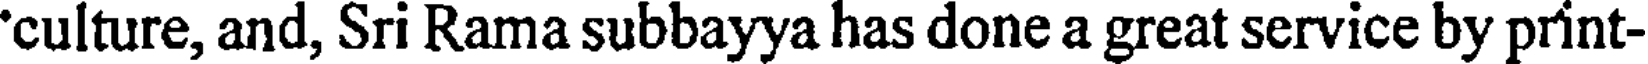
'culture, and, Sri Rama subbayya has done a great service by print-